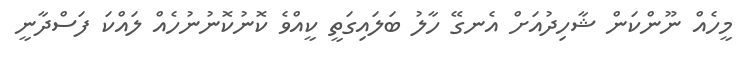
މީހެއް ނޫންކަން ޝާހިދުއަށް އެނގޭ ހާލު ބަލައިގަތީ ކީއްވެ ކޮނުކޮނުނުހެއް ލައްކަ ފަސްދާނީ